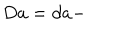
LaTeX: D a = d a -